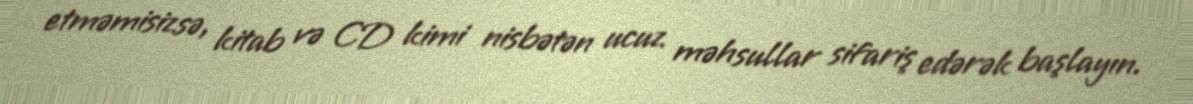
etməmisizsə, kitab və CD kimi nisbətən ucuz məhsullar sifariş edərək başlayın.